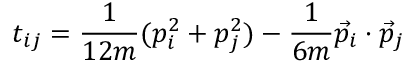
t _ { i j } = \frac { 1 } { 1 2 m } ( p _ { i } ^ { 2 } + p _ { j } ^ { 2 } ) - \frac { 1 } { 6 m } \vec { p } _ { i } \cdot \vec { p } _ { j }